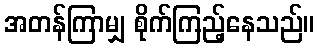
အတန်ကြာမျှ စိုက်ကြည့်နေသည်။